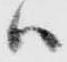
ハ